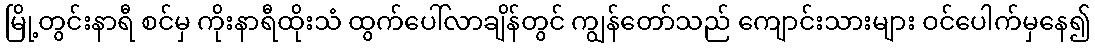
မြို့တွင်းနာရီ စင်မှ ကိုးနာရီထိုးသံ ထွက်ပေါ်လာချိန်တွင် ကျွန်တော်သည် ကျောင်းသားများ ဝင်ပေါက်မှနေ၍